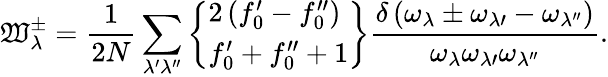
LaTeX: \mathfrak{W}_{\lambda}^{\pm}=\frac{{1}}{{2N}}\sum_{\lambda^{\prime}\lambda^{\prime\prime}}\left\{ \begin{array}{l}{2\left(f_{0}^{\prime}-f_{0}^{\prime\prime}\right)}\\ {f_{0}^{\prime}+f_{0}^{\prime\prime}+1}\end{array}\right\} \frac{{\delta\left(\omega_{\lambda}\pm\omega_{\lambda\prime}-\omega_{\lambda^{\prime\prime}}\right)}}{{\omega_{\lambda}{\omega_{\lambda\prime}}{\omega_{\lambda^{\prime\prime}}}}}.